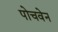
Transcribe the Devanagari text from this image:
पोचवेन